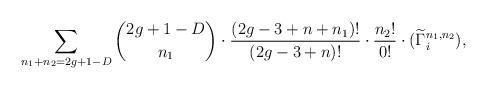
LaTeX: \begin{align*}\sum_{n_1 + n_2 = 2g+1-D} {2g+1-D \choose n_1}\cdot \frac{(2g-3+n+n_1)!}{(2g-3+n)!} \cdot \frac{n_2!}{0!} \cdot (\widetilde{\Gamma}_i^{n_1,n_2}),\end{align*}